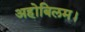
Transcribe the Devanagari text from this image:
अहोबिलम।